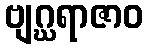
ဗျဂ္ဃရာဇာဝ